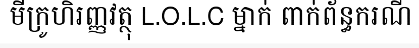
មីក្រូហិរញ្ញវត្ថុ L.O.L.C ម្នាក់ ពាក់ព័ន្ធករណី